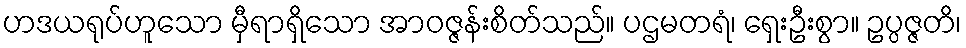
ဟဒယရုပ်ဟူသော မှီရာရှိသော အာဝဇ္ဇန်းစိတ်သည်။ ပဌမတရံ၊ ရှေးဦးစွာ။ ဥပ္ပဇ္ဇတိ၊